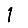
Digit: 1